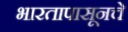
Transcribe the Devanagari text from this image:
भारतापासूनचे